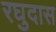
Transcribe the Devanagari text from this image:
रघुदास